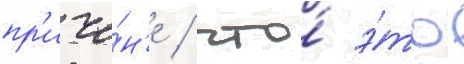
пр'ичи́н'е / что́ э́то